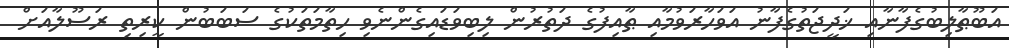
އަބޫޠާލިބުގެފާނާއި ޚަދީޖަތުގެފާނު އަވަހާރަވުމާއި ޠާއިފުގެ ދަތުރުން ލިބިވަޑައިގެންނެވި ހިތާމަތަކުގެ ސަބަބުން ކީރިތި ރަސޫލާއަށް